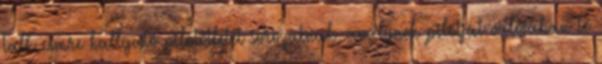
Talk címre hallgató pilotötletét sorozatnak, amelynek pilotját valójában le